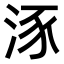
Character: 𣵠